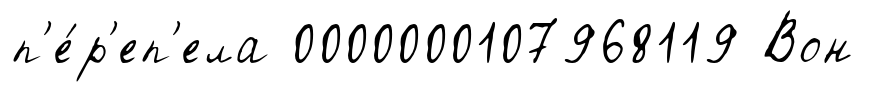
п'е́р'еп'ела 0000000107968119 Вон